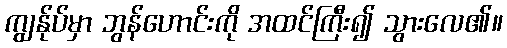
ကျွန်ုပ်မှာ ဘွန်ဟောင်းကို အထင်ကြီး၍ သွားလေ၏။